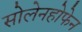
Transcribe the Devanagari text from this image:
सोलेनहोफेन